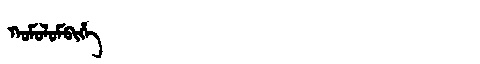
Manchu: ᡴᠣᠮᠣᠯᠣᠮᠪᡳᡥᡝ
Romanization: KOMOLOMBIHE